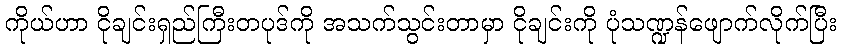
ကိုယ်ဟာ ငိုချင်းရှည်ကြီးတပုဒ်ကို အသက်သွင်းတာမှာ ငိုချင်းကို ပုံသဏ္ဍန်ဖျောက်လိုက်ပြီး